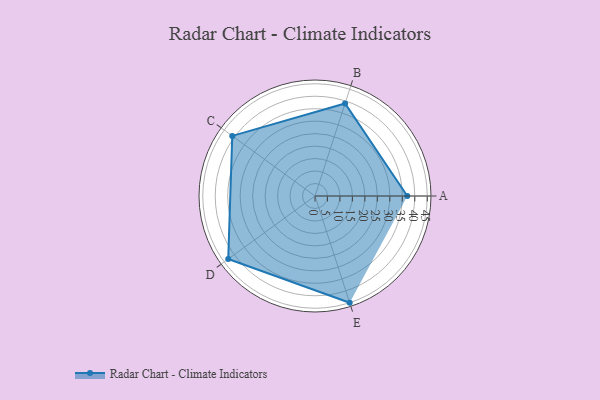
{"axis": {"x": "Skill", "y": "Score"}, "legend": ["Profile"], "data": [{"x": "A", "y": 37.0, "type": "Profile"}, {"x": "B", "y": 39.0, "type": "Profile"}, {"x": "C", "y": 41.0, "type": "Profile"}, {"x": "D", "y": 43.0, "type": "Profile"}, {"x": "E", "y": 45.0, "type": "Profile"}]}